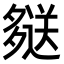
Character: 𫯖